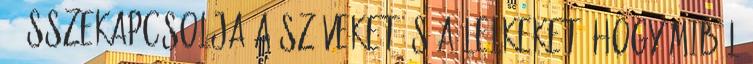
– összekapcsolja a szíveket és a lelkeket. Hogy miből